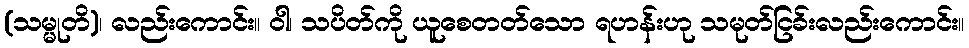
(သမ္မုတိ)၊ လည်းကောင်း။ ဝါ၊ သပိတ်ကို ယူစေတတ်သော ရဟန်းဟု သမုတ်ငြခ်းလည်းကောင်း။